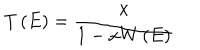
LaTeX: T \left( E \right) = { \frac { x } { 1 - x W \left( E \right) } }